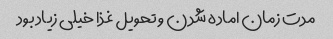
مدت زمان اماده شدن و تحویل غذا خیلی زیاد بود